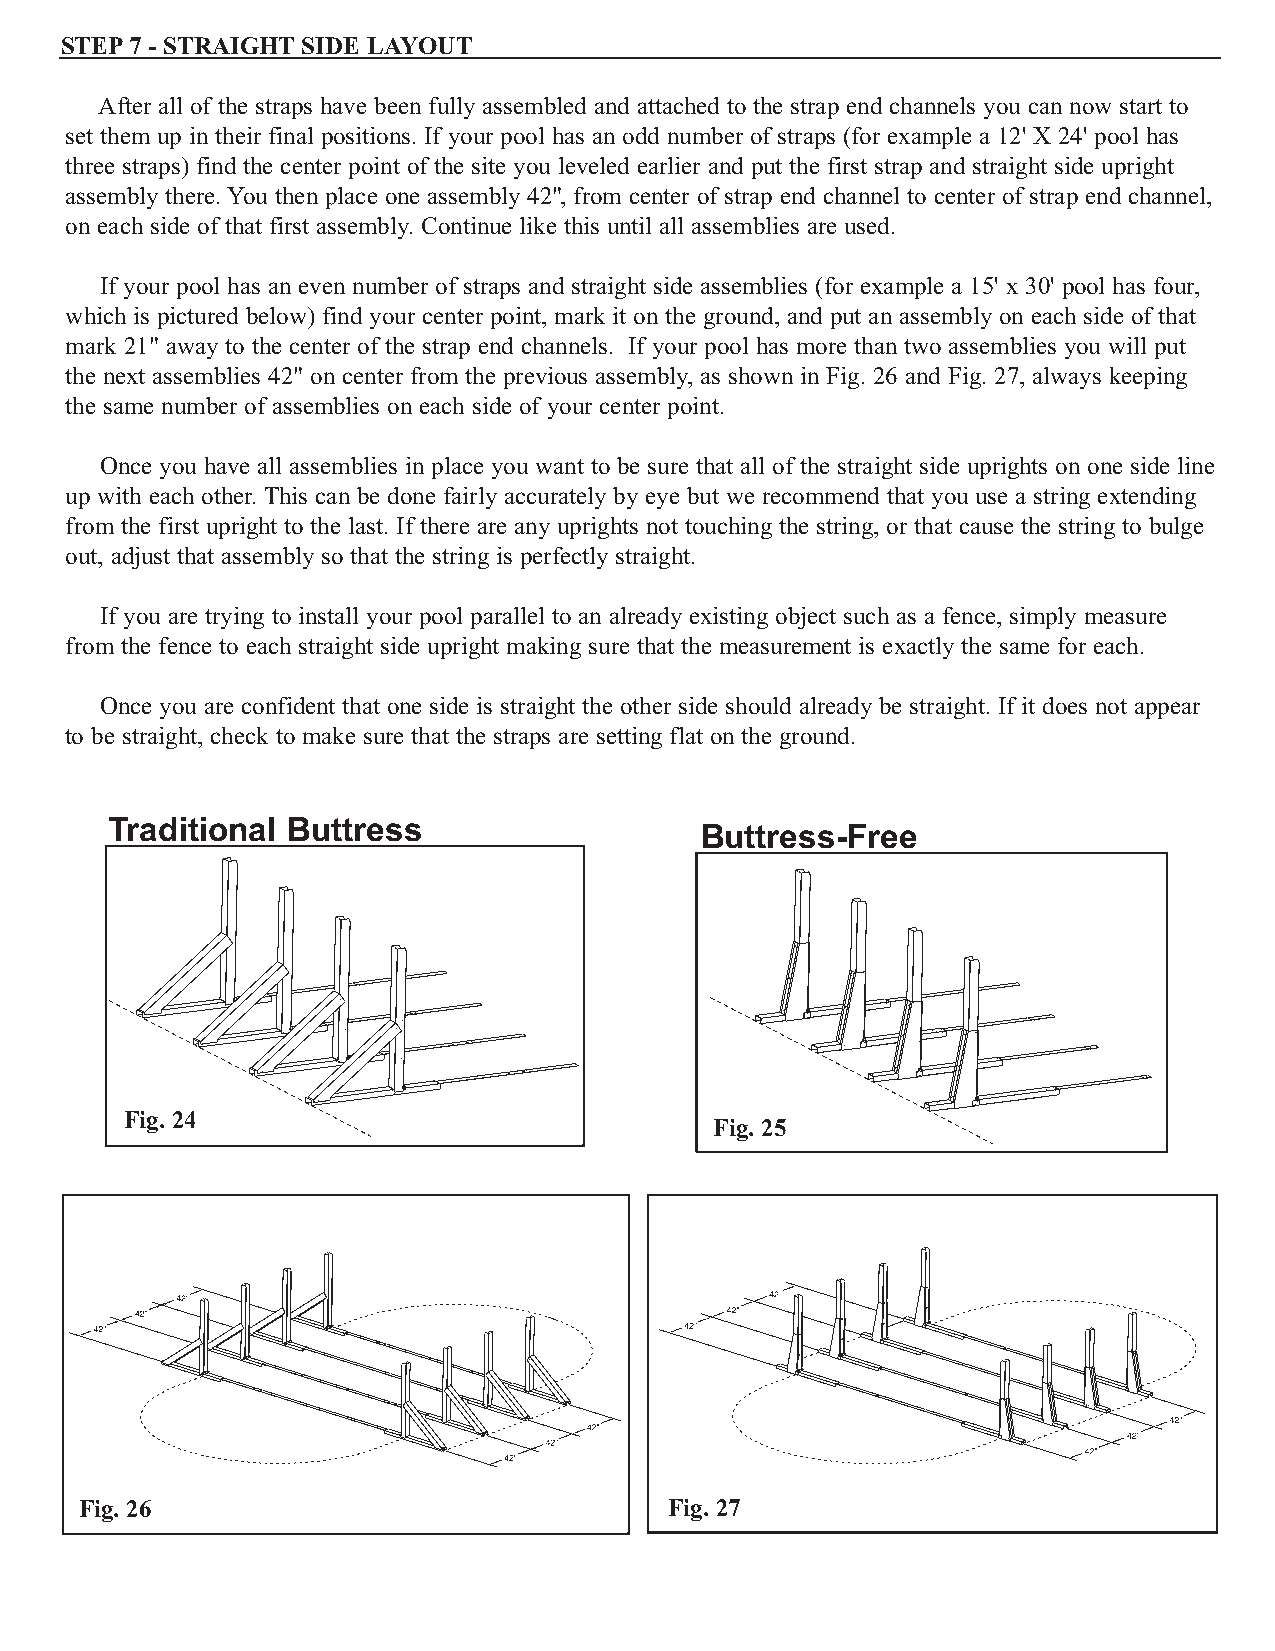
STEP7 - STRAIGHT SIDE LAYOUT
 After all of the straps have been fully assembled and attached to the strap end channels you can now start to
 set them up in their final positions. If your pool has an odd number of straps (for example a 12' X 24' pool has
 three straps) find the center point of the site you leveled earlier and put the first strap and straight side upright
 assembly there. You then place one assembly 42", from center of strap end channel to center of strap end channel,
 on each side of that first assembly. Continue like this until all assemblies are used.
 If your pool has an even number of straps and straight side assemblies (for example a 15' x 30' pool has four,
 which is pictured below) find your center point, mark it on the ground, and put an assembly on each side of that
 mark 21" away to the center of the strap end channels. If your pool has more than two assemblies you will put
 the next assemblies 42" on center from the previous assembly, as shown in Fig. 26 and Fig. 27, always keeping
 the same number of assemblies on each side of your center point.
 Once you have all assemblies in place you want to be sure that all of the straight side uprights on one side line
 up with each other. This can be done fairly accurately by eye but we recommend that you use a string extending
 from the first upright to the last. If there are any uprights not touching the string, or that cause the string to bulge
 out, adjust that assembly so that the string is perfectly straight.
 If you are trying to install your pool parallel to an already existing object such as a fence, simply measure
 from the fence to each straight side upright making sure that the measurement is exactly the same for each.
 Once you are confident that one side is straight the other side should already be straight. If it does not appear
 to be straight, check to make sure that the straps are setting flat on the ground.
 Traditional Buttress
 Buttress-Free
 Fig. 24
 Fig. 25
 Fig. 26                                Fig. 27